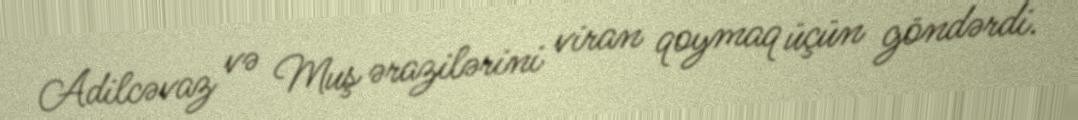
Adilcəvaz və Muş ərazilərini viran qoymaq üçün göndərdi.